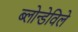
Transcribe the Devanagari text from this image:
ब्लोन्डेविले